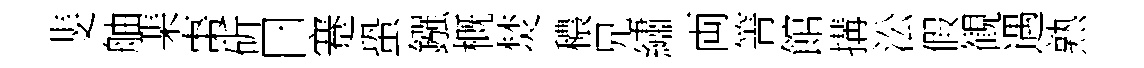
斐舳棐棗斫曰蹇蛩鏹概焚穠兄繡両箐館搆㳂假観遇熟